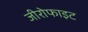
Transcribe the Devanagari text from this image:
जीरोफाइट